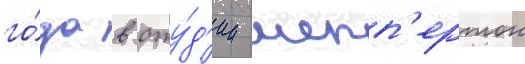
го́да в сту́д'ии шепп'ертон